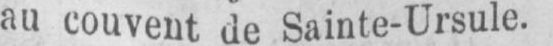
au couvent de Sainte-Ursule.